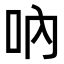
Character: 吶